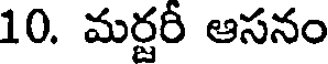
10. మర్టరీ ఆసనం